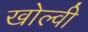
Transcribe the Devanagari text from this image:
खोल्वी